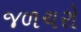
જળચરો